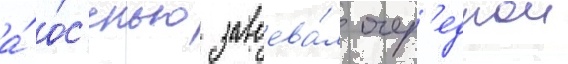
а́ о́с'енью завоева́л очер'еднои